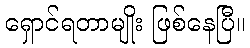
ရှောင်ရတာမျိုး ဖြစ်နေပြီ။